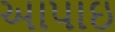
આપાઇ